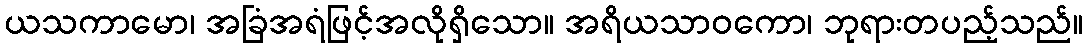
ယသကာမော၊ အခြံအရံဖြင့်အလိုရှိသော။ အရိယသာဝကော၊ ဘုရားတပည့်သည်။